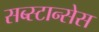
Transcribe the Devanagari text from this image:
सब्स्टान्सेस